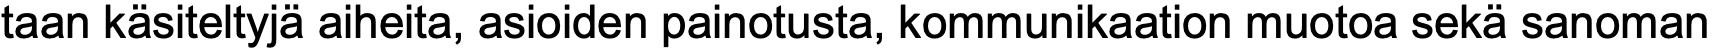
taan käsiteltyjä aiheita, asioiden painotusta, kommunikaation muotoa sekä sanoman